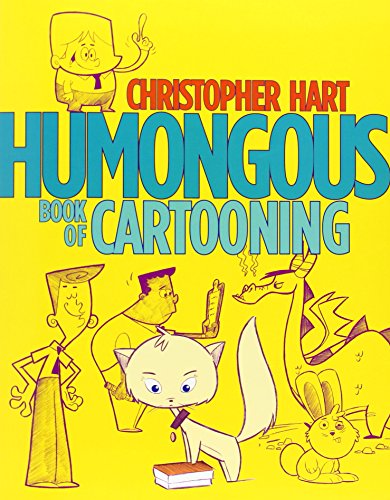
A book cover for Humongous Book of Cartooning; Christopher Hart; Comics & Graphic Novels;